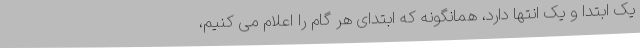
یک ابتدا و یک انتها دارد، همانگونه که ابتدای هر گام را اعلام می کنیم،